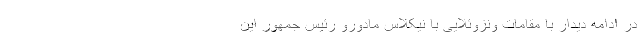
در ادامه دیدار با مقامات ونزوئلایی با نیکلاس مادورو رئیس جمهور این